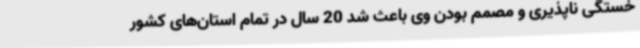
خستگی ناپذیری و مصمم بودن وی باعث شد 20 سال در تمام استان‌های کشور